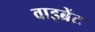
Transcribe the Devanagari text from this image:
वाइब्रेंट